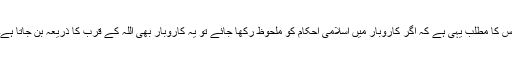
اس کا مطلب یہی ہے کہ اگر کاروبار میں اسلامی احکام کو ملحوظ رکھا جائے تو یہ کاروبار بھی اللہ کے قرب کا ذریعہ بن جاتا ہے۔